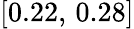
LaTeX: [0.22,\, 0.28]